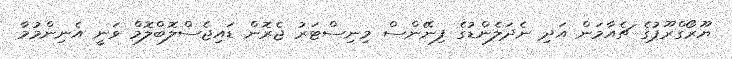
ޔޫރޯގްރޫޕުގެ ޗެއާމަން އަދި ނެދަލެންޑުގެ ފިނޭންސް މިނިސްޓަރު ޖެރޮން ޑައިޖެސްލޮބްލޮމް ވަނީ އެނިންމުމާ